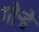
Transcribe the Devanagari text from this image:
गोऱ्हे